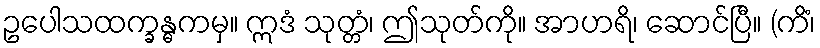
ဥပေါသထက္ခန္ဓကမှ။ ဣဒံ သုတ္တံ၊ ဤသုတ်ကို။ အာဟရိ၊ ဆောင်ပြီ။ (ကိံ၊